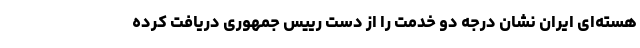
هسته‌ای ایران نشان درجه دو خدمت را از دست رییس جمهوری دریافت کرده